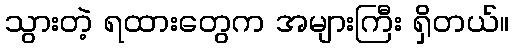
သွားတဲ့ ရထားတွေက အများကြီး ရှိတယ်။